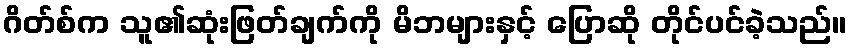
ဂိတ်စ်က သူ၏ဆုံးဖြတ်ချက်ကို မိဘများနှင့် ပြောဆို တိုင်ပင်ခဲ့သည်။